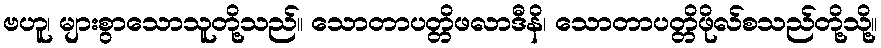
ဗဟူ၊ များစွာသောသူတို့သည်။ သောတာပတ္တိဖလာဒီနိ၊ သောတာပတ္တိဖိုလ်စသည်တို့သို့။